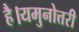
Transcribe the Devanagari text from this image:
है।यमुनोत्तरी